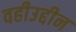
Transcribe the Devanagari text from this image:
वहीउद्दीन